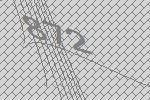
872